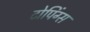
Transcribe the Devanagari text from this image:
टोपिंग्स